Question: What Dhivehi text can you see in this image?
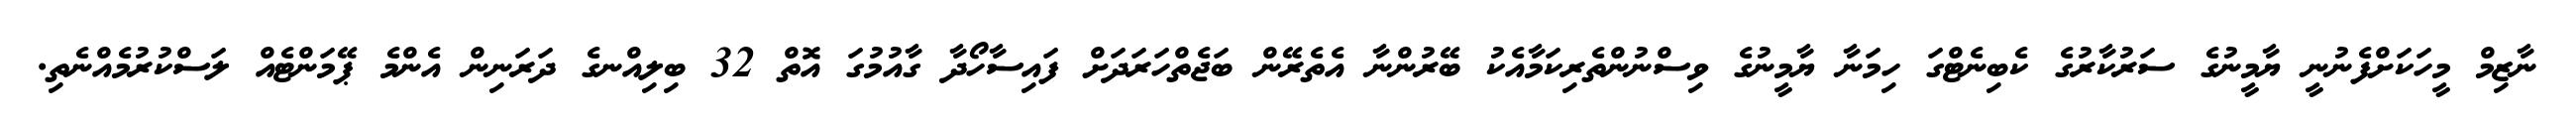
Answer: ނާޒިމް މީހަކަށްފެނުނީ ޔާމީނުގެ ސަރުކާރުގެ ކެބިނެޓްގަ ހިމަނާ ޔާމީނުގެ ވިސްނުންތެރިކަމާއެކު ބޭރުންނާ އެތެރޭން ބަޖެތްހަރަދަށް ފައިސާހޯދާ ގާއުމުގަ އޮތް 32 ބިލިއްނގެ ދަރަނިން އެންމެ ޕޭމަންޓެއް ލަސްކުރުމެއްނެތި.